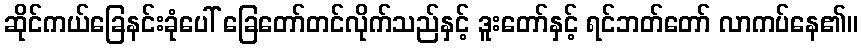
ဆိုင်ကယ်ခြေနင်းခုံပေါ် ခြေတော်တင်လိုက်သည်နှင့် ဒူးတော်နှင့် ရင်ဘတ်တော် လာကပ်နေ၏။